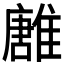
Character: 𩀛